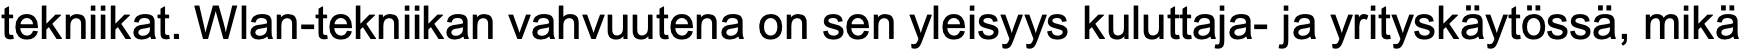
tekniikat. Wlan-tekniikan vahvuutena on sen yleisyys kuluttaja- ja yrityskäytössä, mikä